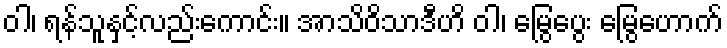
ဝါ၊ ရန်သူနှင့်လည်းကောင်း။ အာသိဝိသာဒီဟိ ဝါ၊ မြွေပွေး မြွေဟောက်